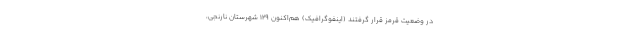
در وضعیت قرمز قرار گرفتند (اینفوگرافیک) هم‌اکنون ۱۲۹ شهرستان نارنجی،